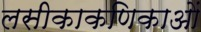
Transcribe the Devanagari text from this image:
लसीकाकणिकाओं